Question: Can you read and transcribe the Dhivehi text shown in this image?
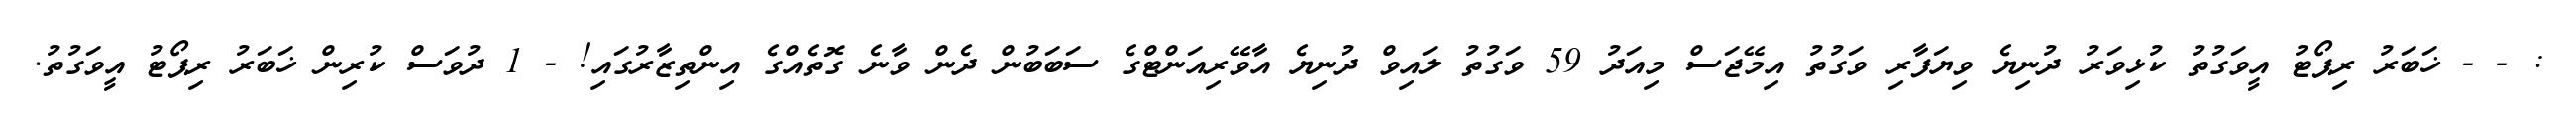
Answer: : - - ޚަބަރު ރިޕޯޓު އީވަގުތު ކުޅިވަރު ދުނިޔެ ވިޔަފާރި ވަގުތު އިމޭޖަސް މިއަދު 59 ވަގުތު ލައިވް ދުނިޔެ އާވޭރިއަންޓްގެ ސަބަބުން ދެން ވާނެ ގޮތެއްގެ އިންތިޒާރުގައި! - 1 ދުވަސް ކުރިން ޚަބަރު ރިޕޯޓު އީވަގުތު.